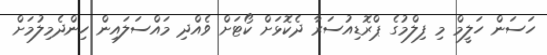
ހަސަން ހަލީމް މި ފިލްމުގެ ޕްރޮޑިއުސަރާ ދެކޮޅަށް ކޯޓަށް ވެއްދި މައްސަލައިން ހިންދެމިލުމަށް